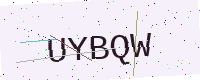
Text: UYBQW